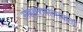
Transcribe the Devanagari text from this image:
संहवरणात्मकता